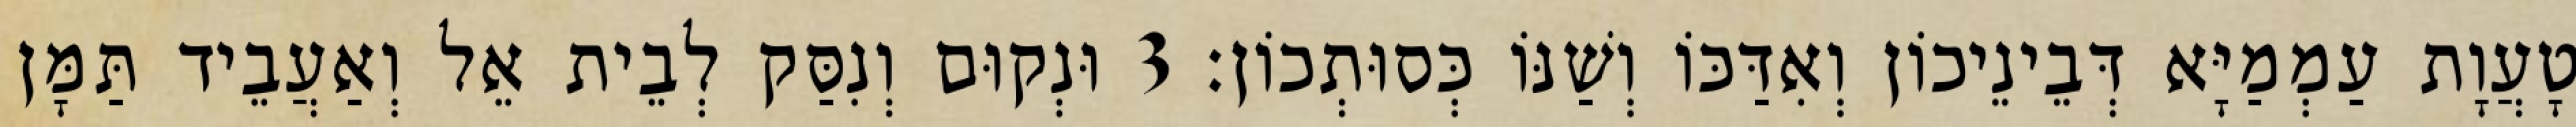
טָעֲוָת עַמְמַיָּא דְּבֵינֵיכוֹן וְאִדַּכּוֹ וְשַׁנּוֹ כְּסוּתְכוֹן׃ 3 וּנְקוּם וְנִסַּק לְבֵית אֵל וְאַעֲבֵיד תַּמָּן